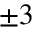
\pm 3